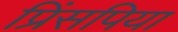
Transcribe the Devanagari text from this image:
प्रिंसपिया